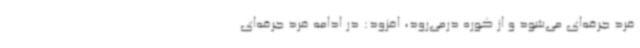
فرد جرقه‌ای می‌شود و از کوره درمی‌رود، افزود: در ادامه فرد جرقه‌ای